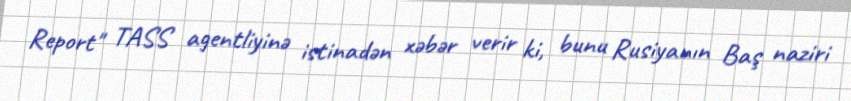
Report" TASS agentliyinə istinadən xəbər verir ki, bunu Rusiyanın Baş naziri